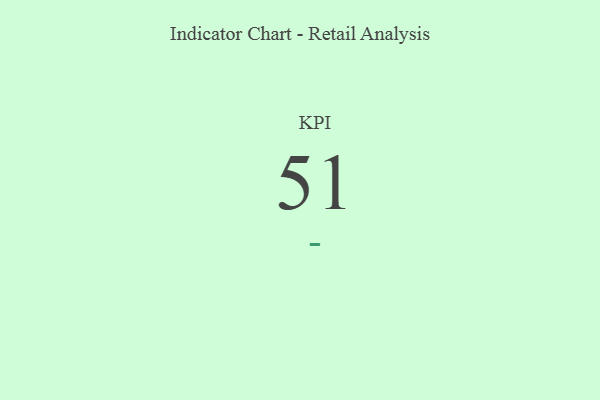
{"axis": {"x": "KPI", "y": "Value"}, "legend": [""], "data": [{"x": "KPI", "y": 51, "type": ""}]}